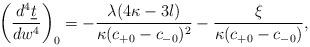
LaTeX: \begin{align*} \left(\frac{d^4\underline{t}}{dw^4}\right)_0=-\frac{\lambda(4\kappa-3l)}{\kappa(c_{+0}-c_{-0})^2}-\frac{\xi}{\kappa(c_{+0}-c_{-0})},\end{align*}